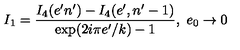
I _ { 1 } = \frac { I _ { 4 } ( e ^ { \prime } n ^ { \prime } ) - I _ { 4 } ( e ^ { \prime } , n ^ { \prime } - 1 ) } { \mathrm { e x p } ( 2 i \pi e ^ { \prime } / k ) - 1 } , \ e _ { 0 } \rightarrow 0